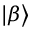
\left| \beta \right>